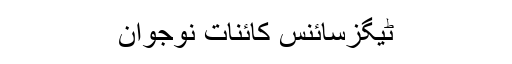
ٹیگزسائنس کائنات نوجوان